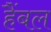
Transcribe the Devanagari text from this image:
हैंबल